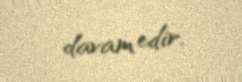
davam edir.